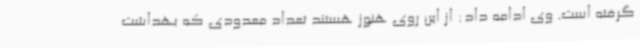
گرفته است. وی ادامه داد: از این روی هنوز هستند تعداد معدودی که بهداشت